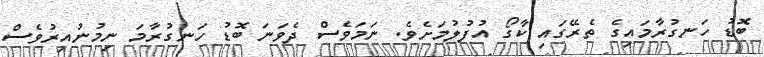
ބޮޑު ހަނގުރާމައިގެ ތެރޭގައި ކާގޯ އުފުލުމަށެވެ. ނަމަވެސް ދެވަނަ ބޮޑު ހަނގުރާމަ ނިމުނުއިރުވެސް